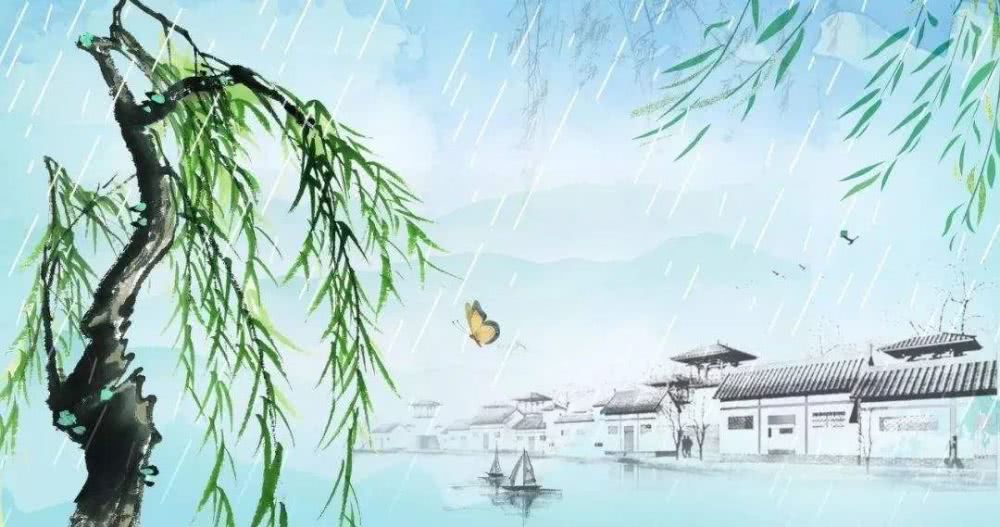
回首故山千里外，别离心绪向谁言？